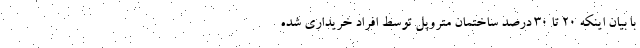
با بیان اینکه 20 تا 30 درصد ساختمان متروپل توسط افراد خریداری شده